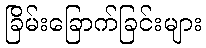
ခြိမ်းခြောက်ခြင်းများ